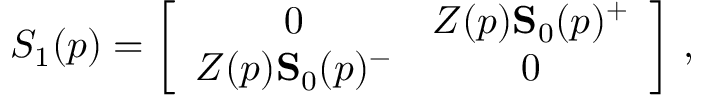
S _ { 1 } ( p ) = \left[ \begin{array} { c c } { { 0 } } & { { Z ( p ) { \bf S } _ { 0 } ( p ) ^ { + } } } \\ { { Z ( p ) { \bf S } _ { 0 } ( p ) ^ { - } } } & { { 0 } } \end{array} \right] \, ,